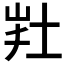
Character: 𡊽